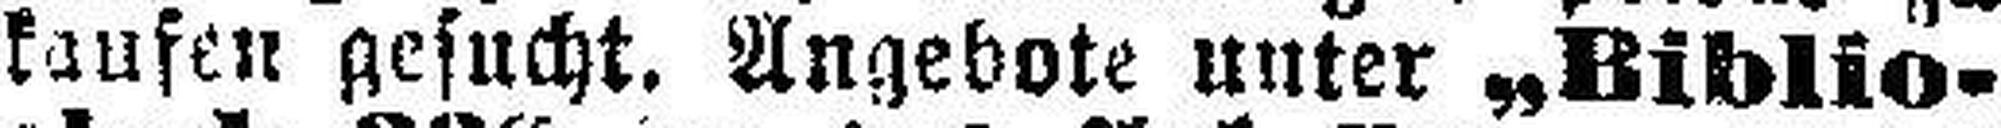
kaufen gesucht. Angebote unter „Biblio¬